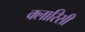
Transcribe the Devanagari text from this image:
क्लारिसी